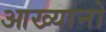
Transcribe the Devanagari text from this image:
आख्यानो